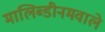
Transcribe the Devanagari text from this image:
मालिब्डीनमवाले